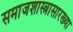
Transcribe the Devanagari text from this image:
समाजशास्त्रासारख्या